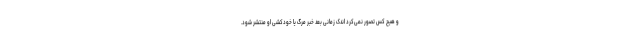
و هیچ کس تصور نمی‌کرد اندک زمانی بعد خبر مرگ یا خودکشی او منتشر شود.